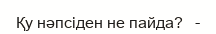
Қу нәпсіден не пайда?   -